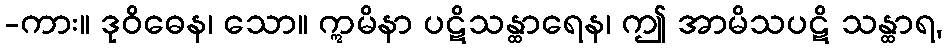
-ကား။ ဒုဝိဓေန၊ သော။ ဣမိနာ ပဋိသန္ထာရေန၊ ဤ အာမိသပဋိ သန္ထာရ,